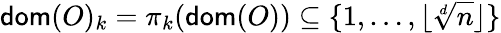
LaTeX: \mathsf{dom}(O)_{k}=\pi_{k}(\mathsf{dom}(O))\subseteq\{ 1,\dots,\lfloor\sqrt[d]{n}\rfloor\}